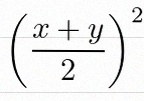
\left(\frac{x+y}{2}\right)^2